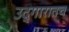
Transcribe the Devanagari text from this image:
उद्गारातच